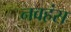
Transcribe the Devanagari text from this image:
नवहंस